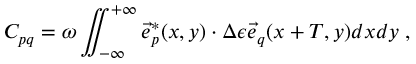
C _ { p q } = \omega \iint _ { - \infty } ^ { + \infty } \vec { e } _ { p } ^ { * } ( x , y ) \cdot \Delta \epsilon \vec { e } _ { q } ( x + T , y ) d x d y \; ,